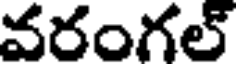
వరంగల్